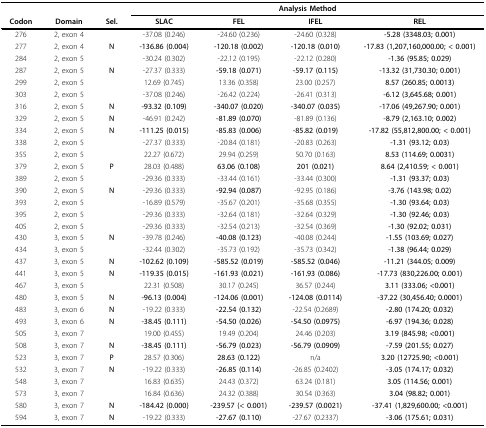
<table><thead><tr><td></td><td></td><td></td><td colspan="4"><b>Analysis Method</b></td></tr><tr><td><b>Codon</b></td><td><b>Domain</b></td><td><b>Sel.</b></td><td><b>SLAC</b></td><td><b>FEL</b></td><td><b>IFEL</b></td><td><b>REL</b></td></tr></thead><tbody><tr><td>276</td><td>2, exon 4</td><td></td><td>-37.08 (0.246)</td><td>-24.60 (0.236)</td><td>-24.60 (0.328)</td><td><b>-5.28 (3348.03; 0.001)</b></td></tr><tr><td>277</td><td>2, exon 4</td><td><b>N</b></td><td><b>-136.86 (0.004)</b></td><td><b>-120.18 (0.002)</b></td><td><b>-120.18 (0.010)</b></td><td><b>-17.83 (1,207,160,000.00; &lt; 0.001)</b></td></tr><tr><td>284</td><td>2, exon 5</td><td></td><td>-30.24 (0.302)</td><td>-22.12 (0.195)</td><td>-22.12 (0.280)</td><td><b>-1.36 (95.85; 0.029)</b></td></tr><tr><td>287</td><td>2, exon 5</td><td><b>N</b></td><td>-27.37 (0.333)</td><td><b>-59.18 (0.071)</b></td><td><b>-59.17 (0.115)</b></td><td><b>-13.32 (31,730.30; 0.001)</b></td></tr><tr><td>299</td><td>2, exon 5</td><td></td><td>12.69 (0.745)</td><td>13.36 (0.358)</td><td>23.00 (0.257)</td><td><b>8.57 (260.85; 0.0013)</b></td></tr><tr><td>303</td><td>2, exon 5</td><td></td><td>-37.08 (0.246)</td><td>-26.42 (0.224)</td><td>-26.41 (0.313)</td><td><b>-6.12 (3,645.68; 0.001)</b></td></tr><tr><td>316</td><td>2, exon 5</td><td><b>N</b></td><td><b>-93.32 (0.109)</b></td><td><b>-340.07 (0.020)</b></td><td><b>-340.07 (0.035)</b></td><td><b>-17.06 (49,267.90; 0.001)</b></td></tr><tr><td>329</td><td>2, exon 5</td><td><b>N</b></td><td>-46.91 (0.242)</td><td><b>-81.89 (0.070)</b></td><td>-81.89 (0.136)</td><td><b>-8.79 (2,163.10; 0.002)</b></td></tr><tr><td>334</td><td>2, exon 5</td><td><b>N</b></td><td><b>-111.25 (0.015)</b></td><td><b>-85.83 (0.006)</b></td><td><b>-85.82 (0.019)</b></td><td><b>-17.82 (55,812,800.00; &lt; 0.001)</b></td></tr><tr><td>338</td><td>2, exon 5</td><td></td><td>-27.37 (0.333)</td><td>-20.84 (0.181)</td><td>-20.83 (0.263)</td><td><b>-1.31 (93.12; 0.03)</b></td></tr><tr><td>355</td><td>2, exon 5</td><td></td><td>22.27 (0.672)</td><td>29.94 (0.259)</td><td>50.70 (0.163)</td><td><b>8.53 (114.69; 0.0031)</b></td></tr><tr><td>379</td><td>2, exon 5</td><td><b>P</b></td><td>28.03 (0.488)</td><td><b>63.06 (0.108)</b></td><td><b>201 (0.021)</b></td><td><b>8.64 (2,410.59; &lt; 0.001)</b></td></tr><tr><td>389</td><td>2, exon 5</td><td></td><td>-29.36 (0.333)</td><td>-33.44 (0.161)</td><td>-33.44 (0.300)</td><td><b>-1.31 (93.37; 0.03)</b></td></tr><tr><td>390</td><td>2, exon 5</td><td><b>N</b></td><td>-29.36 (0.333)</td><td><b>-92.94 (0.087)</b></td><td>-92.95 (0.186)</td><td><b>-3.76 (143.98; 0.02)</b></td></tr><tr><td>393</td><td>2, exon 5</td><td></td><td>-16.89 (0.579)</td><td>-35.67 (0.201)</td><td>-35.68 (0.355)</td><td><b>-1.30 (93.64; 0.03)</b></td></tr><tr><td>395</td><td>2, exon 5</td><td></td><td>-29.36 (0.333)</td><td>-32.64 (0.181)</td><td>-32.64 (0.329)</td><td><b>-1.30 (92.46; 0.03)</b></td></tr><tr><td>405</td><td>2, exon 5</td><td></td><td>-29.36 (0.333)</td><td>-32.54 (0.213)</td><td>-32.54 (0.369)</td><td><b>-1.30 (92.02; 0.031)</b></td></tr><tr><td>430</td><td>3, exon 5</td><td><b>N</b></td><td>-39.78 (0.246)</td><td><b>-40.08 (0.123)</b></td><td>-40.08 (0.244)</td><td><b>-1.55 (103.69; 0.027)</b></td></tr><tr><td>434</td><td>3, exon 5</td><td></td><td>-32.44 (0.302)</td><td>-35.73 (0.192)</td><td>-35.73 (0.342)</td><td><b>-1.38 (96.44; 0.029)</b></td></tr><tr><td>437</td><td>3, exon 5</td><td><b>N</b></td><td><b>-102.62 (0.109)</b></td><td><b>-585.52 (0.019)</b></td><td><b>-585.52 (0.046)</b></td><td><b>-11.21 (344.05; 0.009)</b></td></tr><tr><td>441</td><td>3, exon 5</td><td><b>N</b></td><td><b>-119.35 (0.015)</b></td><td><b>-161.93 (0.021)</b></td><td><b>-161.93 (0.086)</b></td><td><b>-17.73 (830,226.00; 0.001)</b></td></tr><tr><td>467</td><td>3, exon 5</td><td></td><td>22.31 (0.508)</td><td>30.17 (0.245)</td><td>36.57 (0.244)</td><td><b>3.11 (333.06; &lt;0.001)</b></td></tr><tr><td>480</td><td>3, exon 5</td><td><b>N</b></td><td><b>-96.13 (0.004)</b></td><td><b>-124.06 (0.001)</b></td><td><b>-124.08 (0.0114)</b></td><td><b>-37.22 (30,456.40; 0.0001)</b></td></tr><tr><td>483</td><td>3, exon 6</td><td><b>N</b></td><td>-19.22 (0.333)</td><td><b>-22.54 (0.132)</b></td><td>-22.54 (0.2689)</td><td><b>-2.80 (174.20; 0.032)</b></td></tr><tr><td>493</td><td>3, exon 6</td><td><b>N</b></td><td><b>-38.45 (0.111)</b></td><td><b>-54.50 (0.026)</b></td><td><b>-54.50 (0.0975)</b></td><td><b>-6.97 (194.36; 0.028)</b></td></tr><tr><td>505</td><td>3, exon 7</td><td></td><td>19.00 (0.455)</td><td>19.49 (0.204)</td><td>24.46 (0.203)</td><td><b>3.19 (845.98; &lt;0.001)</b></td></tr><tr><td>508</td><td>3, exon 7</td><td><b>N</b></td><td><b>-38.45 (0.111)</b></td><td><b>-56.79 (0.023)</b></td><td><b>-56.79 (0.0909)</b></td><td><b>-7.59 (201.55; 0.027)</b></td></tr><tr><td>523</td><td>3, exon 7</td><td><b>P</b></td><td>28.57 (0.306)</td><td><b>28.63 (0.122)</b></td><td>n/a</td><td><b>3.20 (12725.90; &lt;0.001)</b></td></tr><tr><td>532</td><td>3, exon 7</td><td><b>N</b></td><td>-19.22 (0.333)</td><td><b>-26.85 (0.114)</b></td><td>-26.85 (0.2402)</td><td><b>-3.05 (174.17; 0.032)</b></td></tr><tr><td>548</td><td>3, exon 7</td><td></td><td>16.83 (0.635)</td><td>24.43 (0.372)</td><td>63.24 (0.181)</td><td><b>3.05 (114.56; 0.001)</b></td></tr><tr><td>573</td><td>3, exon 7</td><td></td><td>16.84 (0.636)</td><td>24.32 (0.388)</td><td>30.54 (0.363)</td><td><b>3.04 (98.82; 0.001)</b></td></tr><tr><td>580</td><td>3, exon 7</td><td><b>N</b></td><td><b>-184.42 (0.000)</b></td><td><b>-239.57 (&lt; 0.001)</b></td><td><b>-239.57 (0.0021)</b></td><td><b>-37.41 (1,829,600.00; &lt;0.001)</b></td></tr><tr><td>594</td><td>3, exon 7</td><td><b>N</b></td><td>-19.22 (0.333)</td><td><b>-27.67 (0.110)</b></td><td>-27.67 (0.2337)</td><td><b>-3.06 (175.61; 0.031)</b></td></tr></tbody></table>